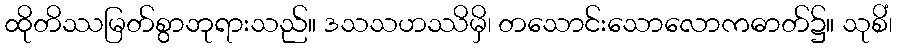
ထိုတိဿမြတ်စွာဘုရားသည်။ ဒသသဟဿိမှိ၊ တသောင်းသောလောကဓာတ်၌။ သုစိံ၊